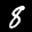
Label: 8